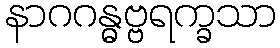
နာဂဂန္ဓဗ္ဗရက္ခသာ